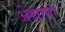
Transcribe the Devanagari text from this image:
अेखाद्या